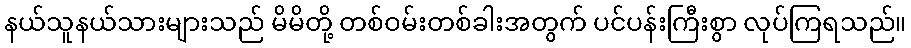
နယ်သူနယ်သားများသည် မိမိတို့ တစ်ဝမ်းတစ်ခါးအတွက် ပင်ပန်းကြီးစွာ လုပ်ကြရသည်။